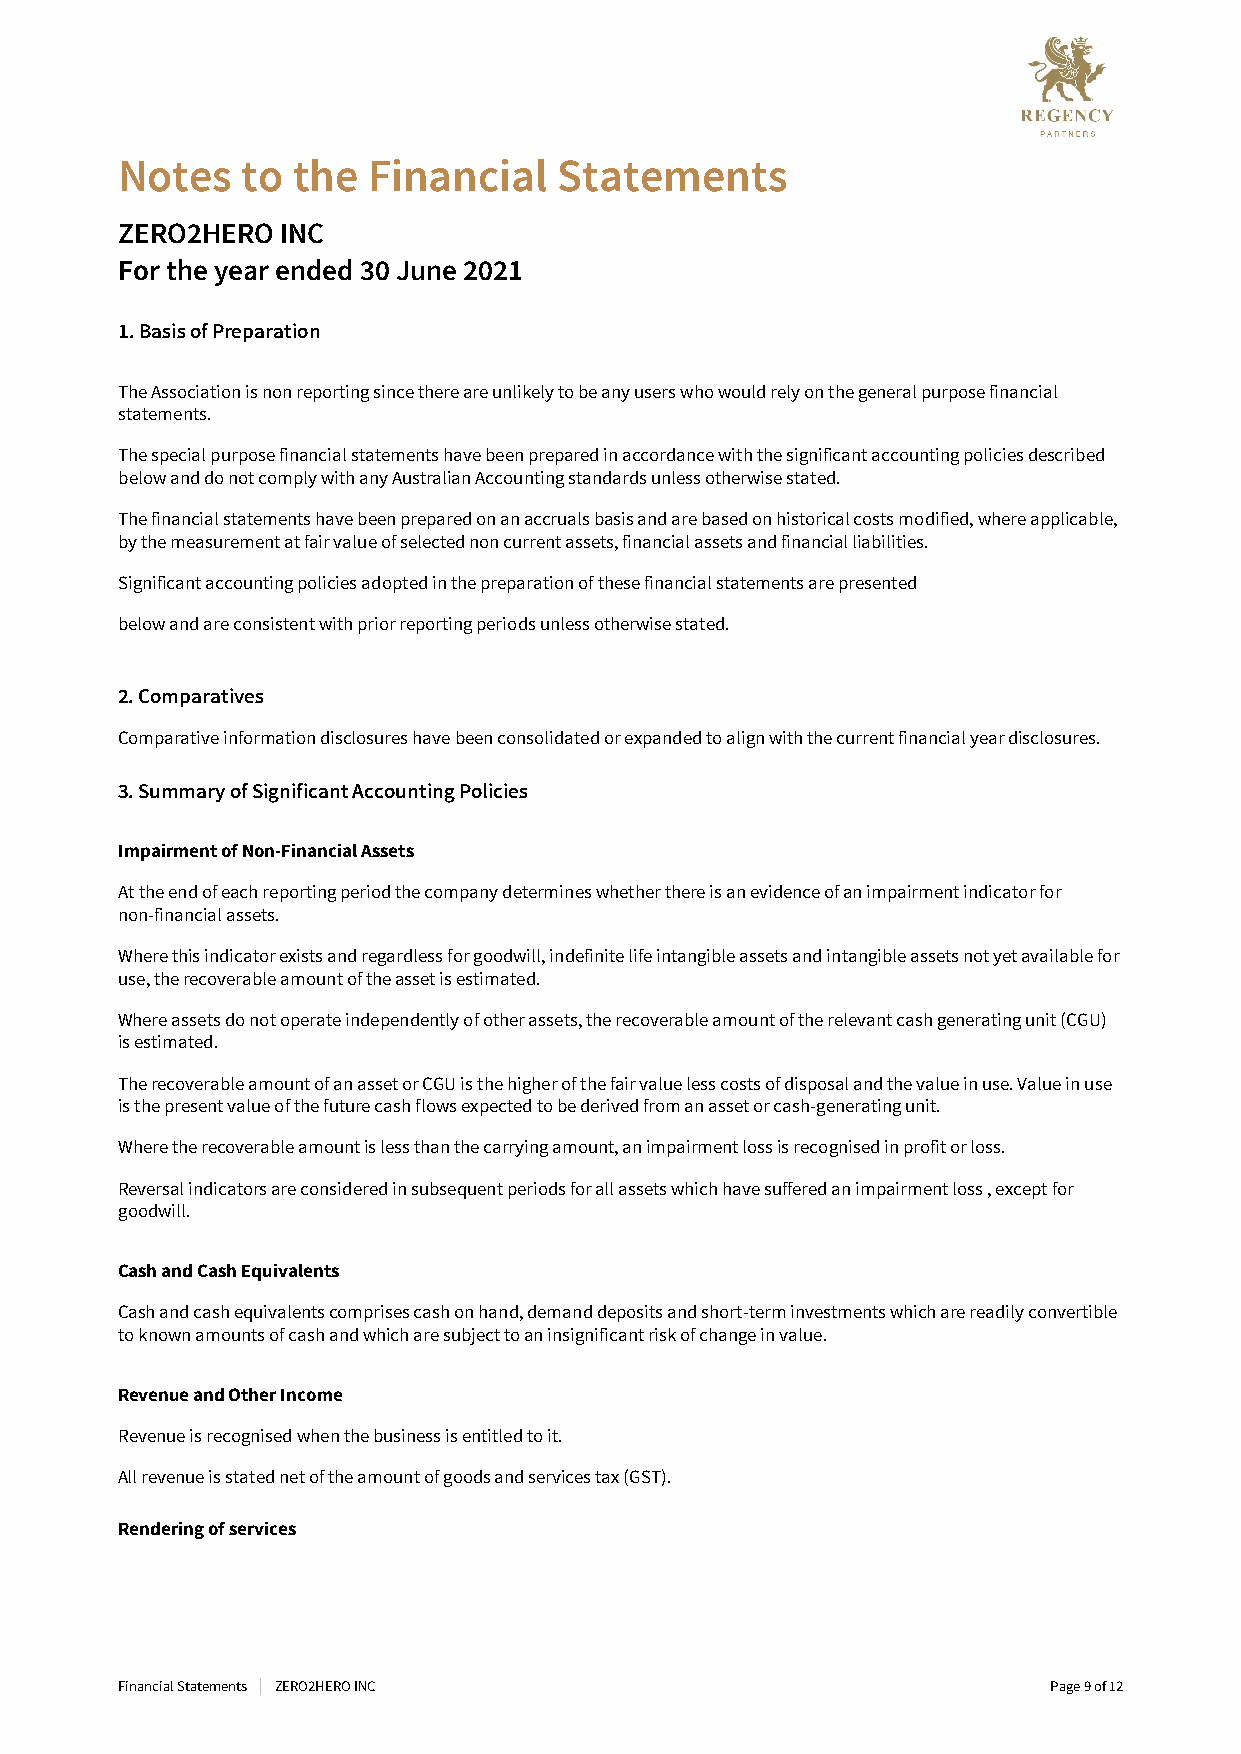
Notes   to the  Financial    Statements
 ZERO2HEROINC
 Fortheyearended30June2021
 1.BasisofPreparation
 TheAssociationisnonreportingsincethereareunlikelytobeanyuserswhowouldrelyonthegeneralpurposefinancial
 statements.
 Thespecialpurposefinancialstatementshavebeenpreparedinaccordancewiththesignificantaccountingpoliciesdescribed
 belowanddonotcomplywithanyAustralianAccountingstandardsunlessotherwisestated.
 Thefinancialstatementshavebeenpreparedonanaccrualsbasisandarebasedonhistoricalcostsmodified,whereapplicable,
 bythemeasurementatfairvalueofselectednoncurrentassets,financialassetsandfinancialliabilities.
 Significantaccountingpoliciesadoptedinthepreparationofthesefinancialstatementsarepresented
 belowandareconsistentwithpriorreportingperiodsunlessotherwisestated.
 2.Comparatives
 Comparativeinformationdisclosureshavebeenconsolidatedorexpandedtoalignwiththecurrentfinancialyeardisclosures.
 3.SummaryofSignificantAccountingPolicies
 ImpairmentofNon-FinancialAssets
 Attheendofeachreportingperiodthecompanydetermineswhetherthereisanevidenceofanimpairmentindicatorfor
 non-financialassets.
 Wherethisindicatorexistsandregardlessforgoodwill,indefinitelifeintangibleassetsandintangibleassetsnotyetavailablefor
 use,therecoverableamountoftheassetisestimated.
 Whereassetsdonotoperateindependentlyofotherassets,therecoverableamountoftherelevantcashgeneratingunit(CGU)
 isestimated.
 TherecoverableamountofanassetorCGUisthehigherofthefairvaluelesscostsofdisposalandthevalueinuse.Valueinuse
 isthepresentvalueofthefuturecashflowsexpectedtobederivedfromanassetorcash-generatingunit.
 Wheretherecoverableamountislessthanthecarryingamount,animpairmentlossisrecognisedinprofitorloss.
 Reversalindicatorsareconsideredinsubsequentperiodsforallassetswhichhavesufferedanimpairmentloss,exceptfor
 goodwill.
 CashandCashEquivalents
 Cashandcashequivalentscomprisescashonhand,demanddepositsandshort-terminvestmentswhicharereadilyconvertible
 toknownamountsofcashandwhicharesubjecttoaninsignificantriskofchangeinvalue.
 RevenueandOtherIncome
 Revenueisrecognisedwhenthebusinessisentitledtoit.
 Allrevenueisstatednetoftheamountofgoodsandservicestax(GST).
 Renderingofservices
 FinancialStatements ZERO2HEROINC                             Page9of12